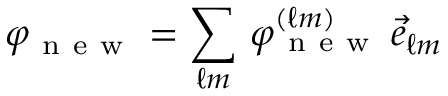
\varphi _ { \mathrm { ~ n ~ e ~ w ~ } } = \sum _ { \ell m } \, \varphi _ { \mathrm { ~ n ~ e ~ w ~ } } ^ { ( \ell m ) } \, \vec { e } _ { \ell m }